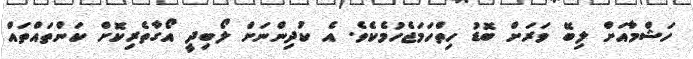
ހަޝްމާއަށް ލިބޭ ވަރަށް ބޮޑު ހިތްހަމަޖެހުމެކެވެ. އެ ކުދިންނަށް ލޯބިދީ އޯގާތެރިކޮށް ކަންތައްތައް